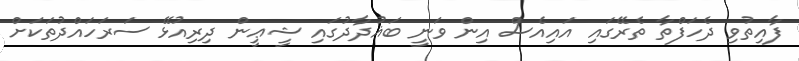
ފާއިތުވި ދެހަފްތާ ތެރޭގައި އައިއެސް އިން ވަނީ ބަޣުދާދުގައި ޝީޢީން ދިރިއުޅޭ ސަރަހައްދުތަކަށް